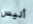
أليس